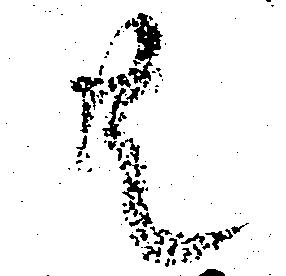
共